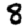
Digit: 8